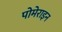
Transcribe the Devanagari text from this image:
पोमेराइन